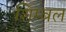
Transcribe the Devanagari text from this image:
शिम्बल